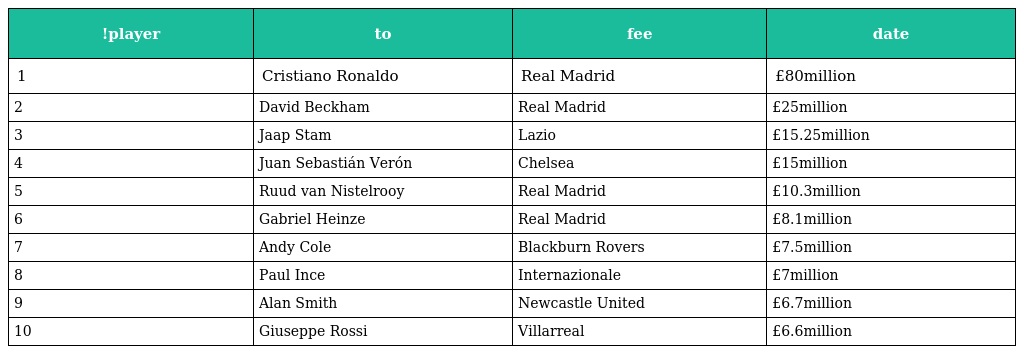
| !player | to | fee | date |
 | --- | --- | --- | --- |
 | 1 | Cristiano Ronaldo | Real Madrid | £80million |
 | 2 | David Beckham | Real Madrid | £25million |
 | 3 | Jaap Stam | Lazio | £15.25million |
 | 4 | Juan Sebastián Verón | Chelsea | £15million |
 | 5 | Ruud van Nistelrooy | Real Madrid | £10.3million |
 | 6 | Gabriel Heinze | Real Madrid | £8.1million |
 | 7 | Andy Cole | Blackburn Rovers | £7.5million |
 | 8 | Paul Ince | Internazionale | £7million |
 | 9 | Alan Smith | Newcastle United | £6.7million |
 | 10 | Giuseppe Rossi | Villarreal | £6.6million |